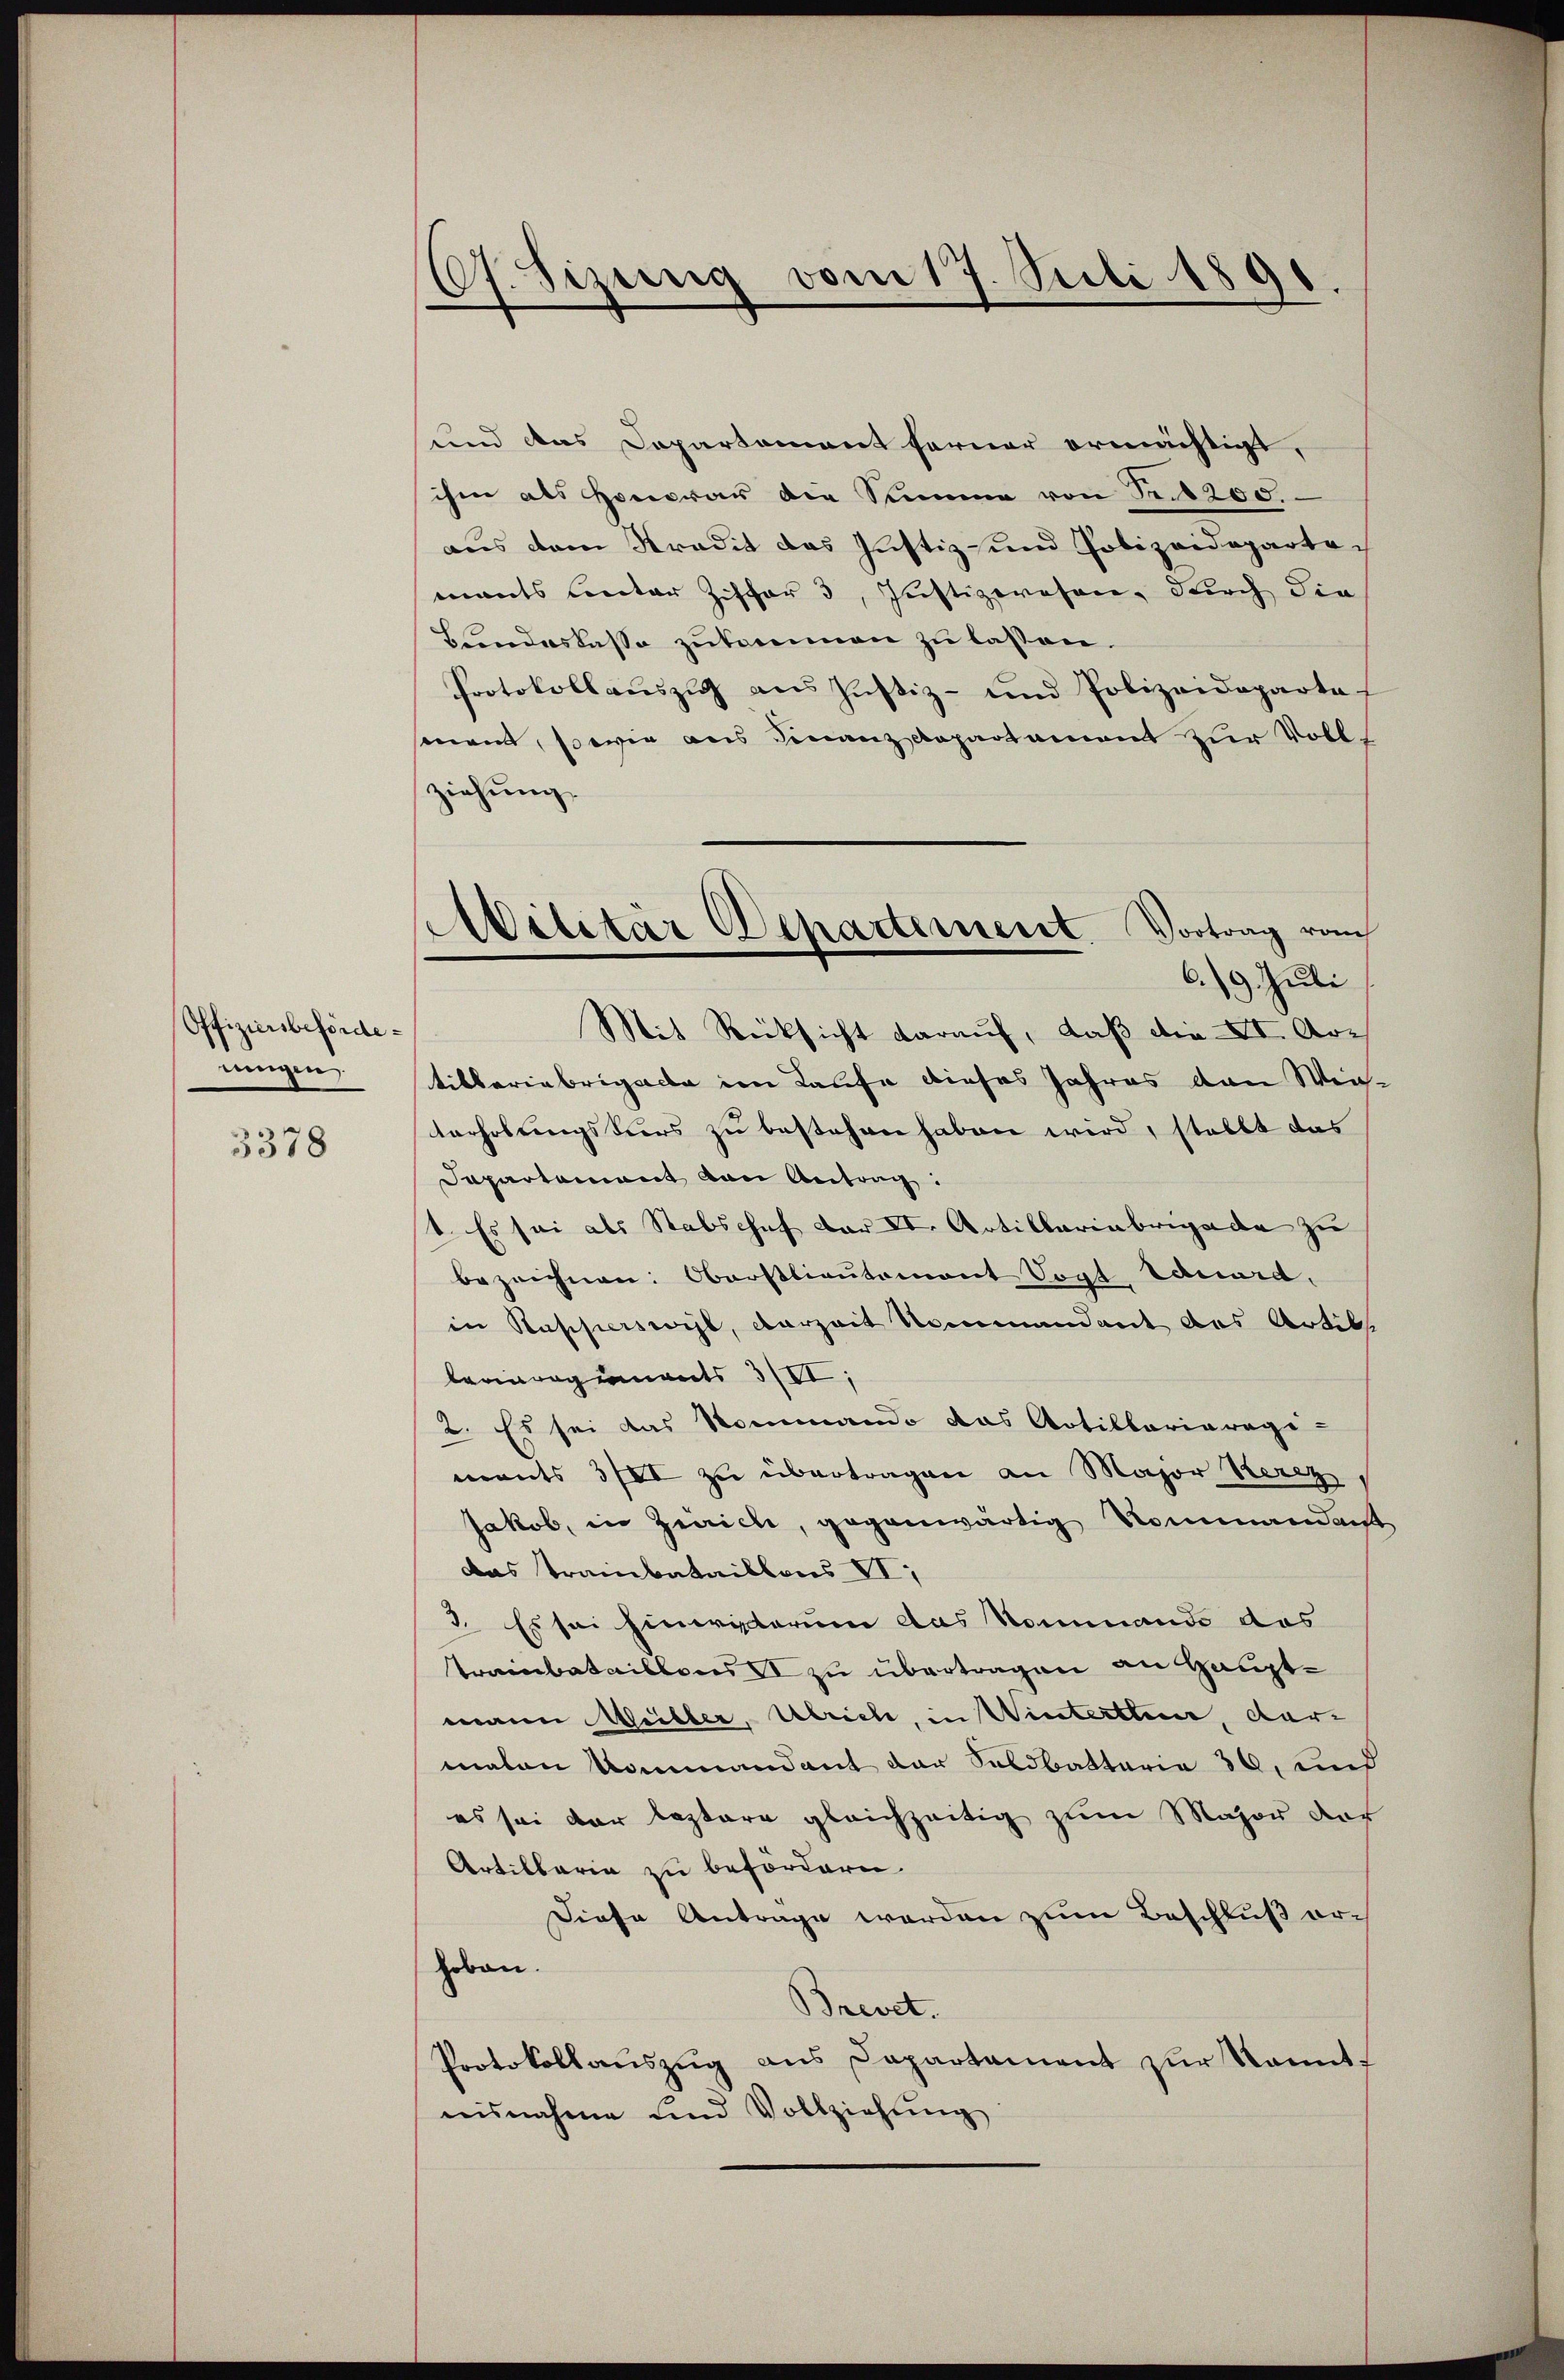
Offiziersbefördeningen.

3378

.Sizung vom 17. Suli 1890.

Ailitär Departement. Vortrag vom
6./9. Juli
Mit Rücksicht darauf, daß die VI. Ar¬

und das Departement ferner ermächtigt,
ihm als Honorar die Summe von No 200.
aus dem Kredit das Justiz- und Polizeidepartemants unter Ziffer 3, Justizwesen, durch die
Bundeskasse zukommen zu lassen.
Protokoll auszug aus Justiz- und Polizeideparta
sonen, so wie aus Finanzdepartement zur Vollziehung.
tibleriebrigacte im Laufe dieses Jahres von Win¬
Varholungskurs zu bestehen haben wird, stellt das
Departement von Antrag:
1. Es sei als Stabschaf der IV. Artillariabrigade zu
bezeichnen: Oberstlieutamont Vogt Eduard,
in Kapperswyl, vorzeit Nommandant das Artike
berregiments III,
2. Es sei das Kommando das Artillariarage-
ments III zu übertragen an Major Herz,
Jakob, in Zürich, gegenwärtig Rommandant
das Trainbataillons VI
3. Es sei hineisterum das Nommande das
Trainbataillons II zu übertragen an Hauptmann Müller, Ulrich, in Winterthen, dar-
maton Kommandant der Soldbattaria 30, und
es sei der leztere gleichzeitig zum Major der
Artillaria zu befordern.
Diese Antrage werden zum Beschluß orhoben.
Brevet.
Protokollauszug aus Departament zur kannt,
nisnahme und Vollziehung